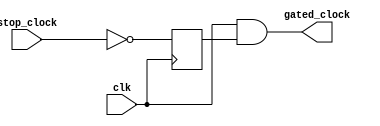
module clock_gater(
    input clk, 
    input stop_clock,
    
    output gated_clock
);

    reg clock_prop;

    always @(negedge clk) begin
        clock_prop <= ~stop_clock;
    end

    assign gated_clock = clk & clock_prop;

endmodule